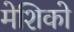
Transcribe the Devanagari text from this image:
मेशिको